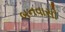
બનવાસી